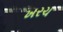
ખરચ